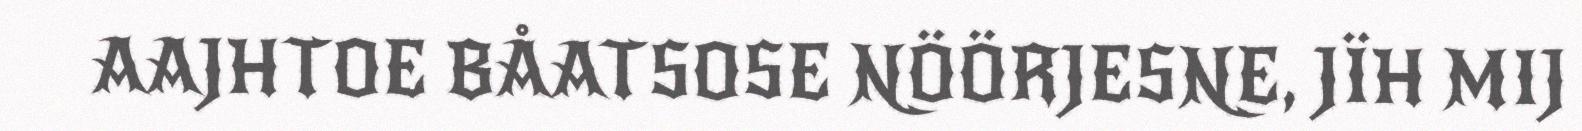
AAJHTOE BÅATSOSE NÖÖRJESNE, JÏH MIJ